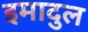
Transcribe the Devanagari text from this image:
इमादुल